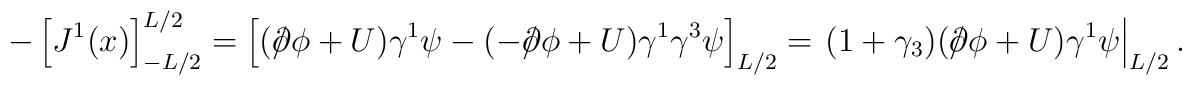
-\left[J^1(x)\right]_{-L/2}^{L/2} = \left[(/\hspace{-0.5em}\partial\phi + U)\gamma^1\psi - (-/\hspace{-0.5em}\partial\phi + U)\gamma^1\gamma^3\psi\right]_{L/2} = \left.(1 + \gamma_3)(/\hspace{-0.5em}\partial\phi + U)\gamma^1\psi \right|_{L/2}.